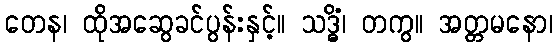
တေန၊ ထိုအဆွေခင်ပွန်းနှင့်။ သဒ္ဓိံ၊ တကွ။ အတ္တမနော၊